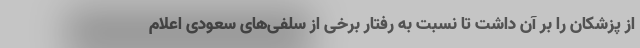
از پزشکان را بر آن داشت تا نسبت به رفتار برخی از سلفی‌های سعودی اعلام